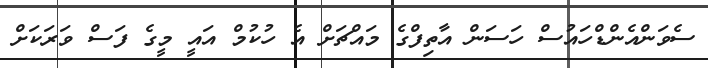
ސެވަންއެންޑްހައުސް ހަސަން އާތިފްގެ މައްޗަށް އެ ހުކުމް އައީ މީގެ ފަސް ވަރަކަށް